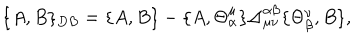
LaTeX: \{ A , B \} _ { D B } = \{ A , B \} - \{ A , \Theta _ { \alpha } ^ { \mu } \} \Delta _ { \mu \nu } ^ { \alpha \beta } \{ \Theta _ { \beta } ^ { \nu } , B \} ,